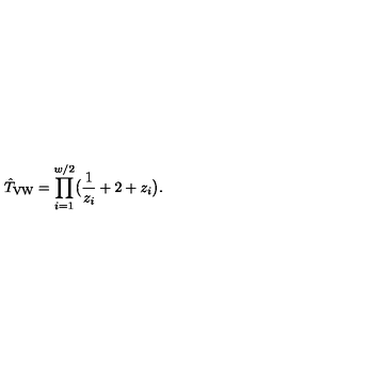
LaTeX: \hat { T } _ { \mathrm { V W } } = \prod _ { i = 1 } ^ { w / 2 } \bigl ( \frac { 1 } { z _ { i } } + 2 + z _ { i } \bigr ) .